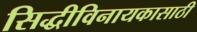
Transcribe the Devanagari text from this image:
सिद्धीविनायकासाठी